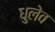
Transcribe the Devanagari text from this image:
धुलेव